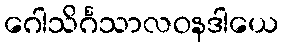
ဂေါသိင်္ဂသာလဝနဒါယေ